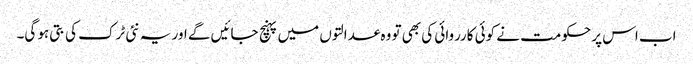
اب اس پر حکومت نے کوئی کارروائی کی بھی تو وہ عدالتوں میں پہنچ جائیں گے اور یہ نئی ٹرک کی بتی ہو گی۔